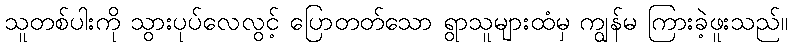
သူတစ်ပါးကို သွားပုပ်လေလွင့် ပြောတတ်သော ရွာသူများထံမှ ကျွန်မ ကြားခဲ့ဖူးသည်။